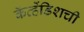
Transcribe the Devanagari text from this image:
कॅव्हेंडिशची